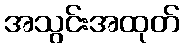
အသွင်းအထုတ်